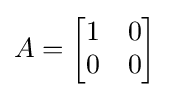
A={\begin{bmatrix}1&0\\0&0\end{bmatrix}}\